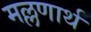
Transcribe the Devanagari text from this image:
मल्लणार्थ